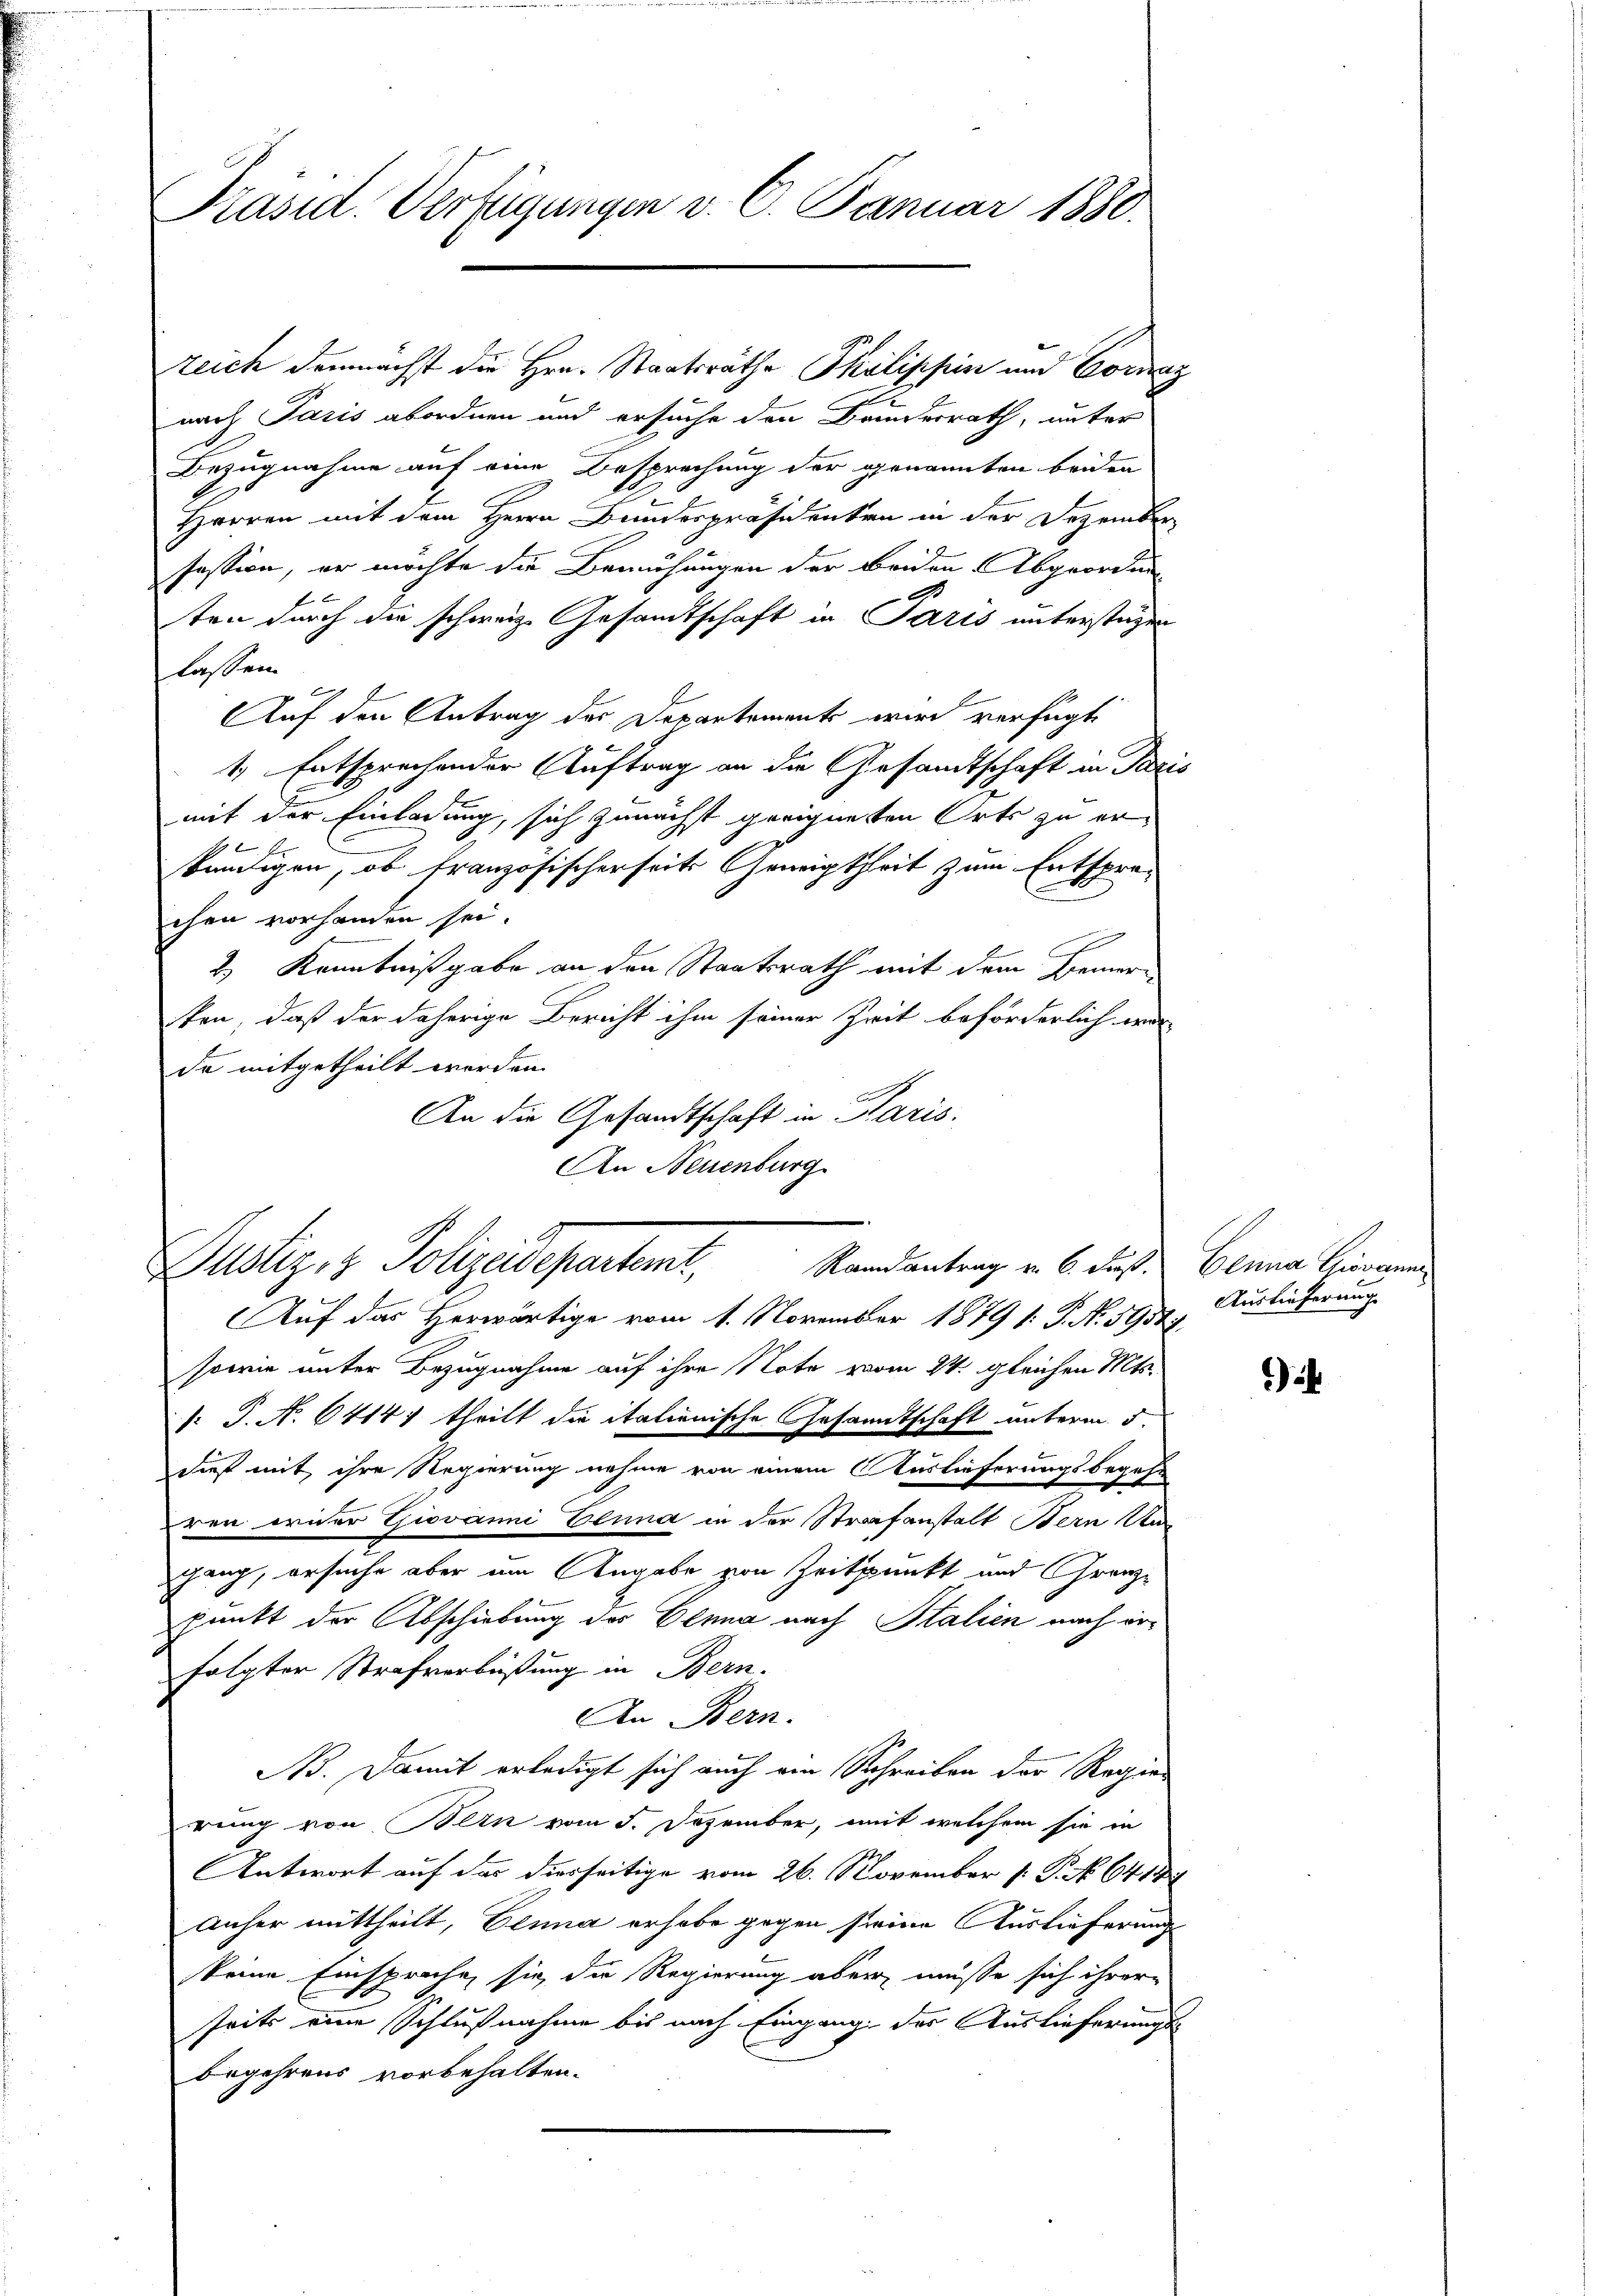
Präsid. Verfügungen v. 6. Januar 1880.

zeich demnächst die Hrn. Staatsräthe Philippin und Coraz
nach Paris abordnen und ersuche den Brinderrath, unter
Bezugnahme auf eine Besprechung der genannten beiden
Herren mit dem Herrn Bundespräsidenten in der Dezember
Pession, er möchte die Bemühungen der Beiden Abgeordun
ten durch die schweiz. Gesamtschaft in Paris unterstagen
lassen.
Auf den Antrag des Departements wird verfügt
1, Entsprechender Auftrag an die Gesamtschaft in Paris
mit der Einladung, sich zunächst geeigneten Orts zu er¬
E
käutigen, ob französischerseits Geneigtheit zum Entsprechen vorhanden sei.
2) Kenntnißgabe an den Staatsrath mit dem Bemersken, daß der daherige Bericht ihm seiner Zeit beförderlich war
de mitgetheilt worden. |
An die Gesandtschaft in Paris.
An Neuenburg

Dustiz & Polizeidepartent
Randantrag v. 6. Fuß. Einna Giovanne
Auf das Herwärtige vom 1. November 1879 1: P. Nr. 39541.

sowie unter Bezugnahme auf ihre Note vom 24. gleichen Mts.
. J. N. 6414; theilt die italienische Gesandtschaft unterm 5
dieß mit ihre Regierung nehme von einem Auslieferungsbegehr
ren erner Giovanni Einna in der Strafanstalt Bern Un
gang, ersuche aber um Angabe von Zeitpunkt und Grenzpunkt der Abschiebung des Einna nach Stalien nach erfolgter Strafverbüßung in Bern.
An Bern.
B. Damit erledigt sich auch ein Schreiben der Regier
rung von Bein vom 5. Dezember, mit welchem sie in
Antwort auf das hierseitige vom 26. November 1. P. No 641
anher mittheilt, Penna erhabe gegen seine Auslieferung
keine Einspruche, sie die Regierung aber müsse sich ihrer
seits eine Schlußnahme bis nach Eingang des Auslieferungsbegehrens vorbehalten.

Auslieferung

)